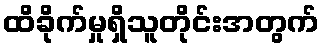
ထိခိုက်မှုရှိသူတိုင်းအတွက်